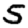
Digit: 5